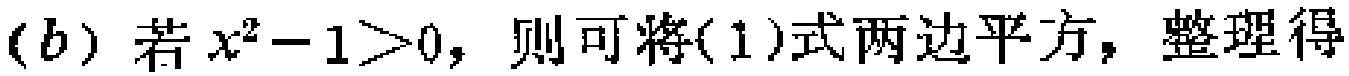
(b) 若 \(x^{2}-1>0\)，则可将(1)式两边平方，整理得